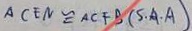
A C E N \cong A C F B ( S \cdot A \cdot A )